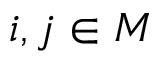
i , j \in M